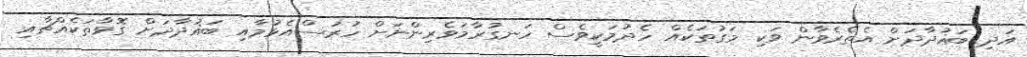
އަދި ބަޣުދާދަށް އެތެރެވާން ވަކި މަގުތަކެއް ހެދުމަކީވެސް ހަނގުރާމަވެރިންނަށް ހުރަސްއެޅުމާއި ބަޣުދާދަށް ގޮވާތަކެއްޗާއި